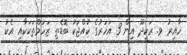
ހާއިރު ވ. ރަކީދޫ އިން 3 އަހަރުގެ ކުއްޖަކު ބޮޑެތި ޒަހަމްތަކަކާއި އެކު